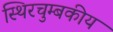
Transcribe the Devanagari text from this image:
स्थिरचुम्बकीय